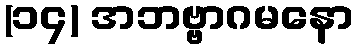
(၁၄) အဘဗ္ဗာဂမနော